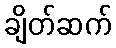
ချိတ်ဆက်